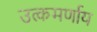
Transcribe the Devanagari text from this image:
उत्कमर्णाय